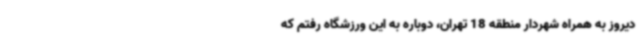
دیروز به همراه شهردار منطقه 18 تهران، دوباره به این ورزشگاه رفتم که